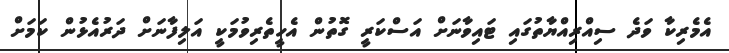
އެމެރިކާ ވަދެ ސިއްރިއްޔާތުގައި ޓައިވާނަށް އަސްކަރީ ގޮތުން އެހީތެރިވުމަކީ އަލިފާނަށް ދަރުއެޅުން ކަމަށް